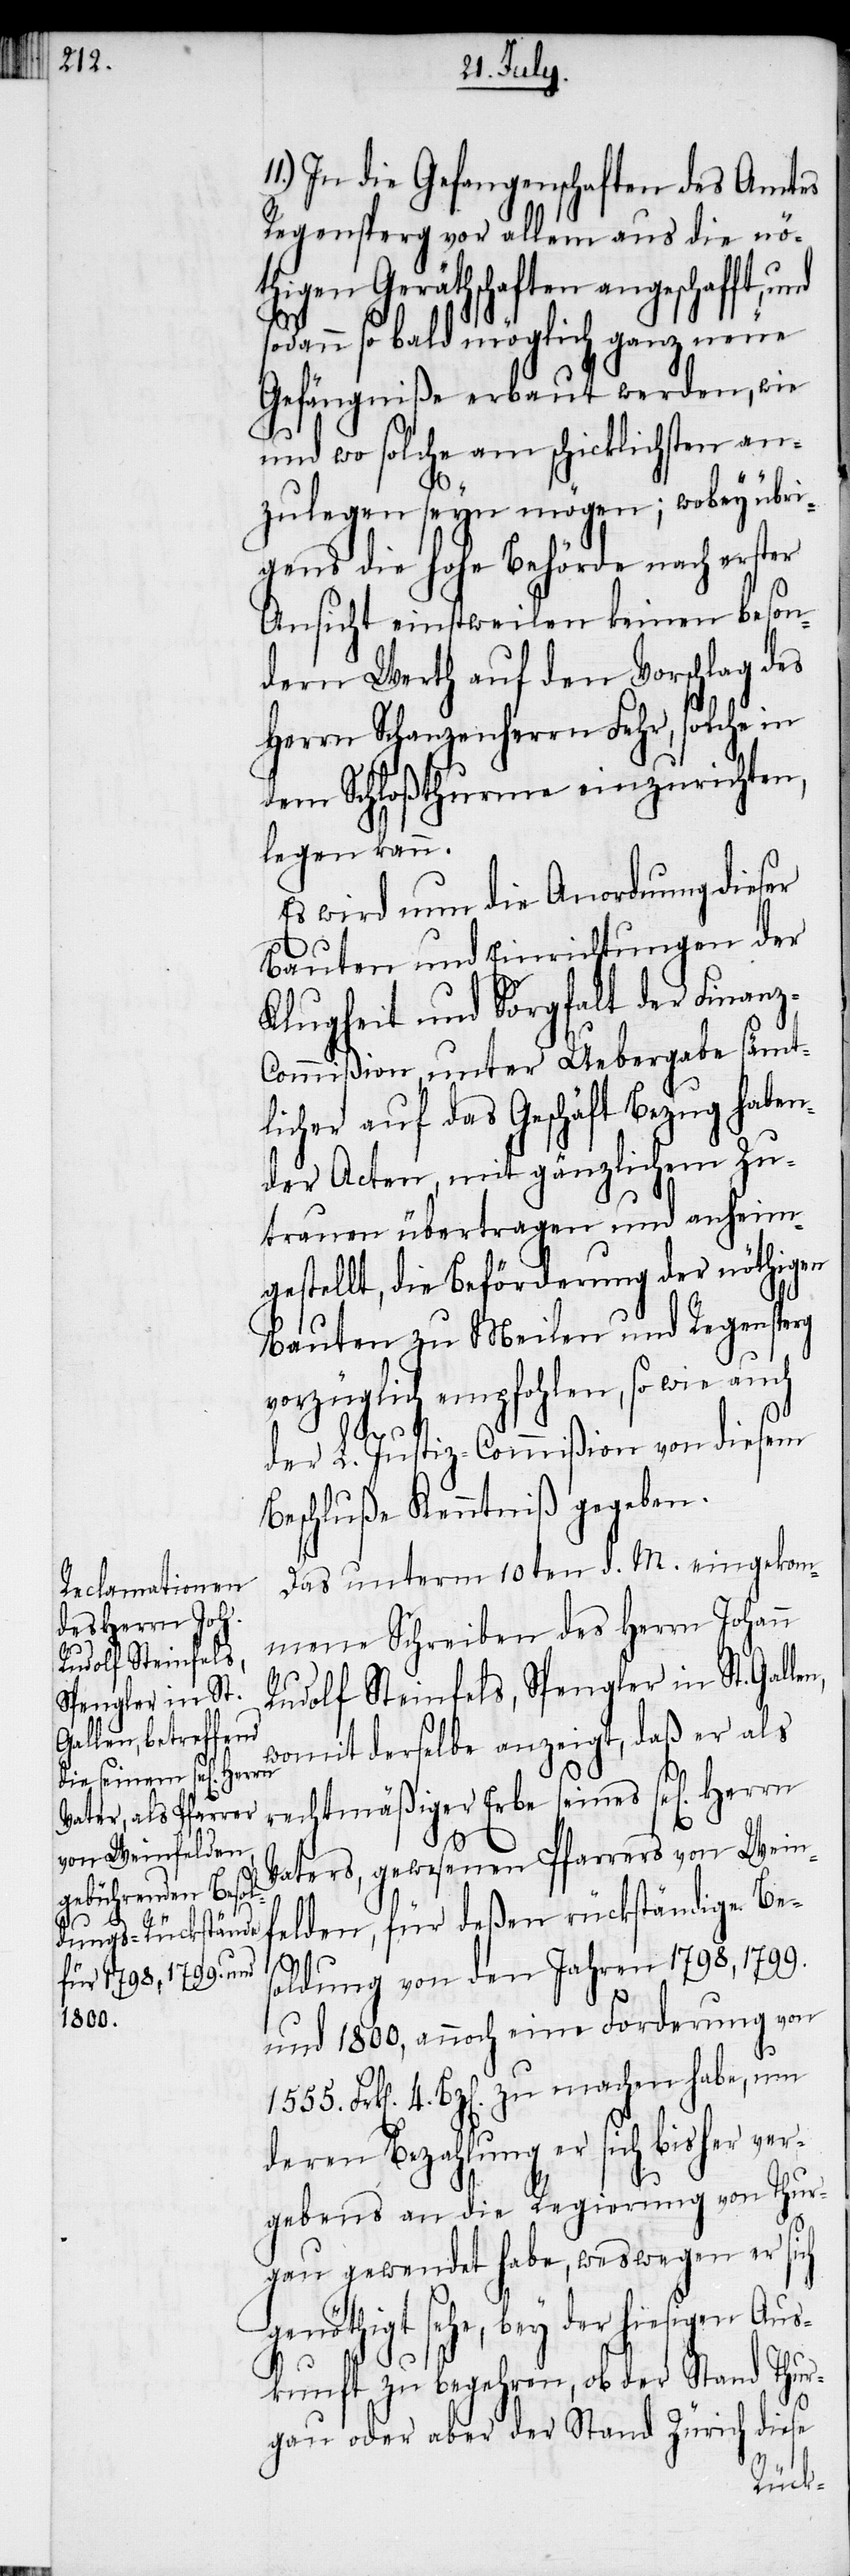
Rudolf Steinfels,
Spengler in St.

In die Gefangenschaften des Amtes
Regensperg vor allem aus die nö¬
thigen Geräthschaften angeschafft, u¬
z-C¬
sodann sobald möglich ganz neue
Gefängniße erbaut werden, wie
und wo solche am schicklichsten an¬
zulegen seyn mögen; wobey übri¬
gens die hohe Behörde nach erster
Ansicht einstweilen keinen beson¬
dern Werth auf den Vorschlag des
Herrn Schanzenherrn Fehr, solche in
dem Schloßthurme einzurichten,
legen kann.
Es wird nun die Anordnung dieser
Bauten und Einrichtungen der
Klugheit und Sorgfalt der Finan¬
ommißion, unter Uebergabe sämt¬
licher auf das Geschäft Bezug haben¬
der Acten, mit gänzlichem Zu¬
trauen übertragen und anheim¬
gestellt, die Beförderung der nöthigen
Bauten zu Meilen und Regensperg
vorzüglich empfohlen, so wie auch
Herrn
der L. Justiz-Commißion von diesem
Beschluße Kenntniß gegeben.
Das unterm 10ten d. M. eingekom¬
mene Schreiben des Herrn Johann
womit derselbe anzeigt, daß er als
rechtmäßiger Erbe seines sel[igen]
11.)
Vaters, gewesenen Pfarrers von Wein¬
felden, für deßen rückständige Be¬
soldung von den Jahren 1798, 1799.
und 1800, annoch eine Forderung von
4. Bz[en]. zu machen habe, um
deren Bezahlung er sich bisher ver¬
gebens an die Regierung von Thur¬
gau gewendet habe, weswegen er sich
genöthigt sehe, bey der hiesigen Aus¬
kunft zu begehren, ob der Stand Thur¬
diese
gau oder aber der Stand Zürich